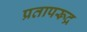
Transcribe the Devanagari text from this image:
प्रतापरूद्र